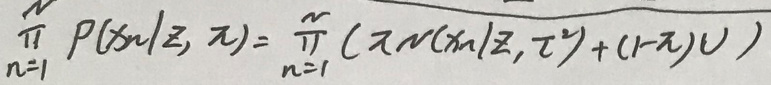
\[
\prod_{n = 1}^{N} P(x_n|z, \pi) = \prod_{n = 1}^{N} (\pi \mathcal{N}(x_n|z, \tau^2)+(1 - \pi)\mathcal{U})
\]